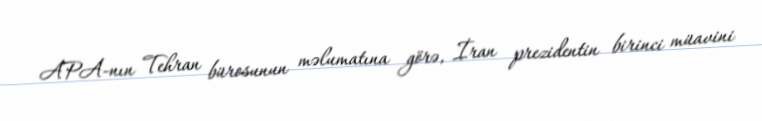
APA-nın Tehran bürosunun məlumatına görə, İran prezidentin birinci müavini